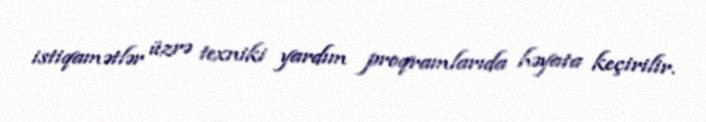
istiqamətlər üzrə texniki yardım proqramlarıda həyata keçirilir.